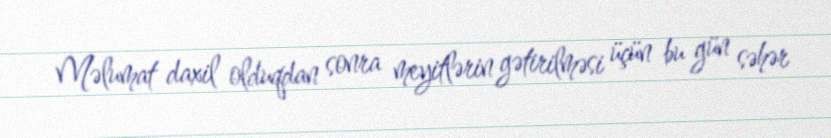
Məlumat daxil olduqdan sonra meyitlərin gətirilməsi üçün bu gün səhər